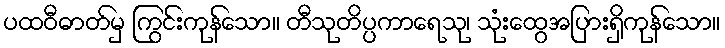
ပထဝီဓာတ်မှ ကြွင်းကုန်သော။ တီသုတိပ္ပကာရေသု၊ သုံးထွေအပြားရှိကုန်သော။